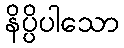
နိပ္ပိပါသော